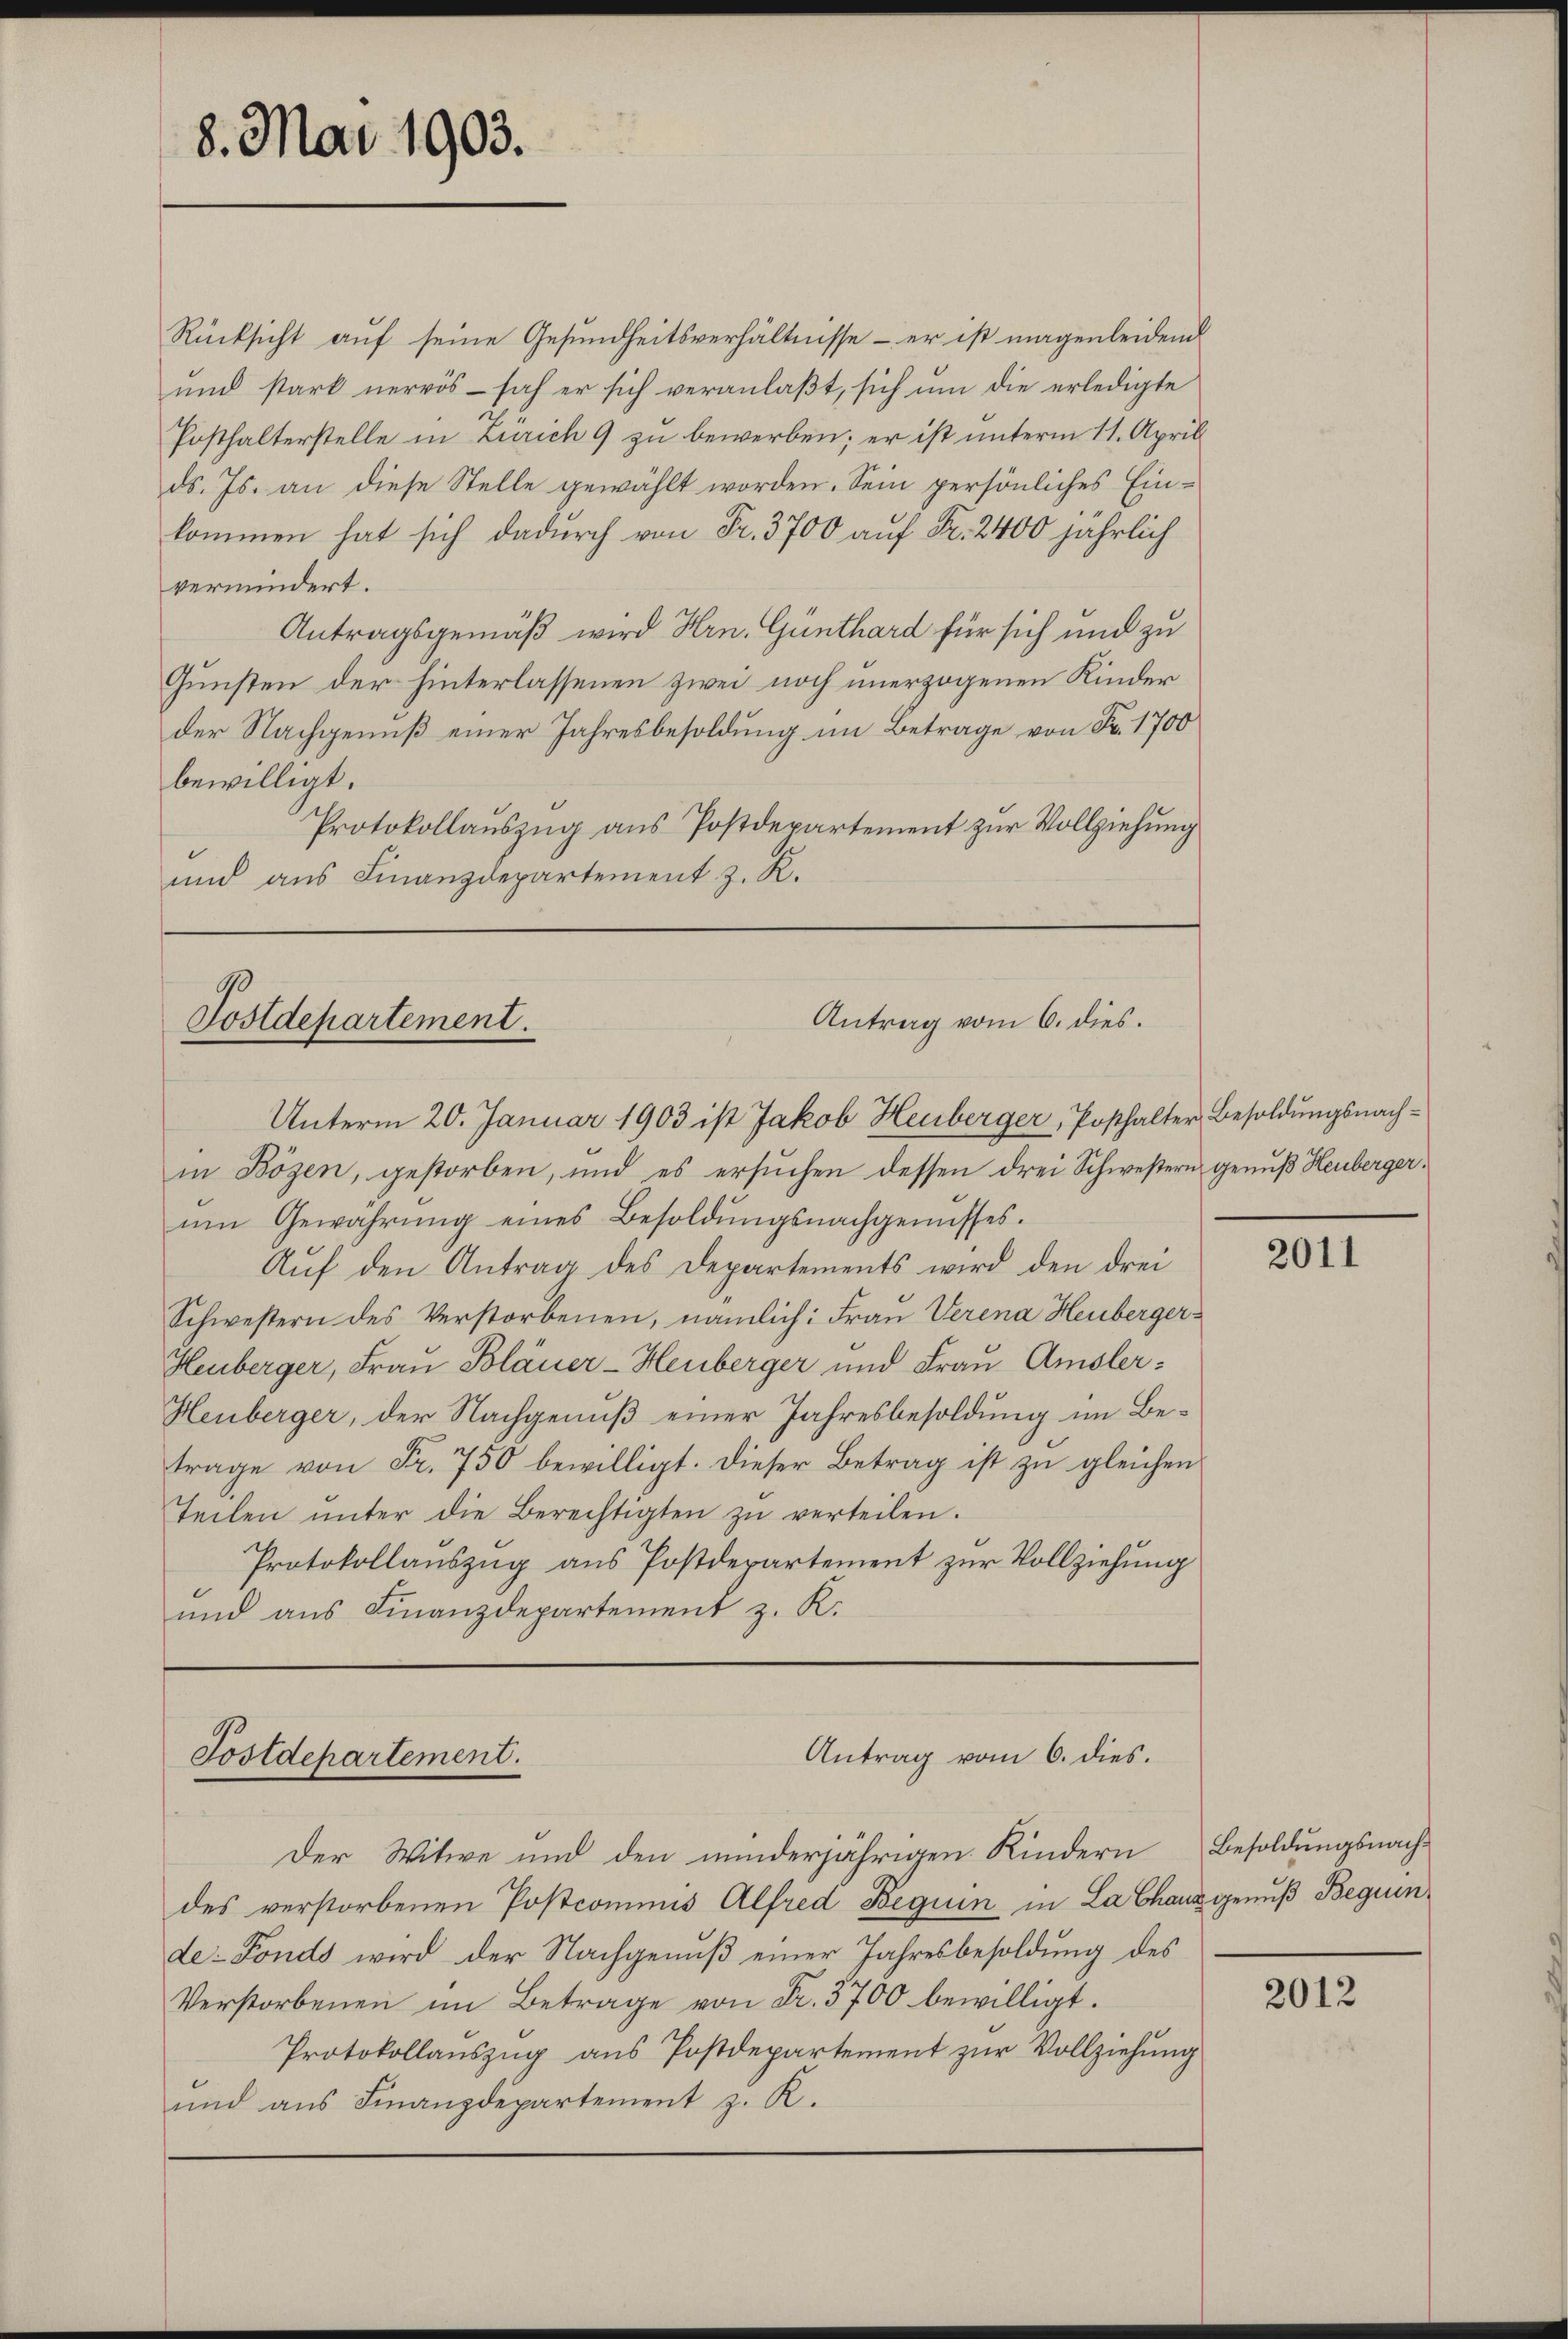
8. Mai 1903.

Rücksicht auf seine Gesundheitsverhältnisse - er ist magenleidend
und stark nervös - sah er sich veranlaßt, sich um die erledigte
Posthalterstelle in Zürich 9 zu bewerben; er ist unterm 11. April
ds. Js. an diese Stelle gewählt worden. Sein persönliches Ein-
kommen hat sich dadurch von Fr. 3700 auf Fr. 2400 jährlich
vermindert.
Antragsgemäß wird Hrn. Günthard für sich und zu
Gunsten der hinterlassenen zwei noch unerzogenen Kinder
der Nachgenuß einer Jahresbesoldung im Betrage von Fr. 1700
bewilligt.
Protokollauszug aus Postdepartement zur Vollziehung
und aus Finanzdepartement z. R.

Antrag vom 6. dies.
Postdepartement.
Unterm 20. Januar 1903 ist Jakob Heuberger, Posthalter Besoldŭngsnach-

in Bözen, gestorben, und es ersuchen dessen drei Schwestern genuß Heubergerŭm Gewährŭng eines Besoldŭngsnachgenŭsses.
Auf den Antrag des Departements wird den drei
Schwestern des Verstorbenen, nämlich: Frau Verena Heuberger¬
Heuberger, Frau Bläuer-Heuberger und Frau Amsler¬
Heuberger, der Nachgenuß einer Jahresbesoldung im Betrage von Fr. 750 bewilligt. Dieser Betrag ist zu gleichen
Teilen ŭnter die Berechtigten zŭ verteilen.
Protokollauszug aus Postdepartement zur Vollziehung
und aus Finanzdepartement z. K.

Antrag vom 6. dies.
Postdepartement.
Der Witwe und den minderjährigen Kindern Besoldungsnach¬

des verstorbenen Postcommis Alfred Beguin in La Chaus genuß Beguinde: Fonds wird der Nachgenuß einer Jahresbesoldung des
Verstorbenen im Betrage von Fr. 3700 bewilligt.
Protokollauszug aus Postdepartement zur Vollziehung
und aus Finanzdepartement z. R.

2011

2012